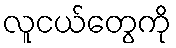
လူငယ်တွေကို